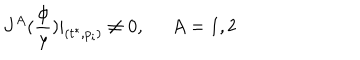
J ^ { A } ( \frac \phi y ) | _ { ( t ^ { * } , p _ { i } ) } \neq 0 , \; \; A = 1 , 2